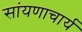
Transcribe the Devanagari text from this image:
सांयणाचार्य